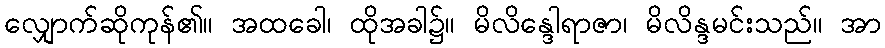
လျှောက်ဆိုကုန်၏။ အထခေါ၊ ထိုအခါ၌။ မိလိန္ဒေါရာဇာ၊ မိလိန္ဒမင်းသည်။ အာ